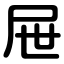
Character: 屉